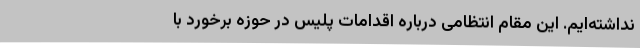
نداشته‌ایم. این مقام انتظامی درباره اقدامات پلیس در حوزه برخورد با